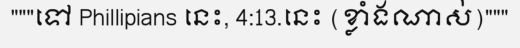
"""ទៅ Phillipians នេះ, 4:13.នេះ (ខ្លាំងណាស់)"""